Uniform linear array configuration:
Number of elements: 4
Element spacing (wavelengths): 0.5
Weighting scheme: cosine
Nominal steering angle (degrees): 30
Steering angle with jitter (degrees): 29.862
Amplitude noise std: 0.05
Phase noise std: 0.05

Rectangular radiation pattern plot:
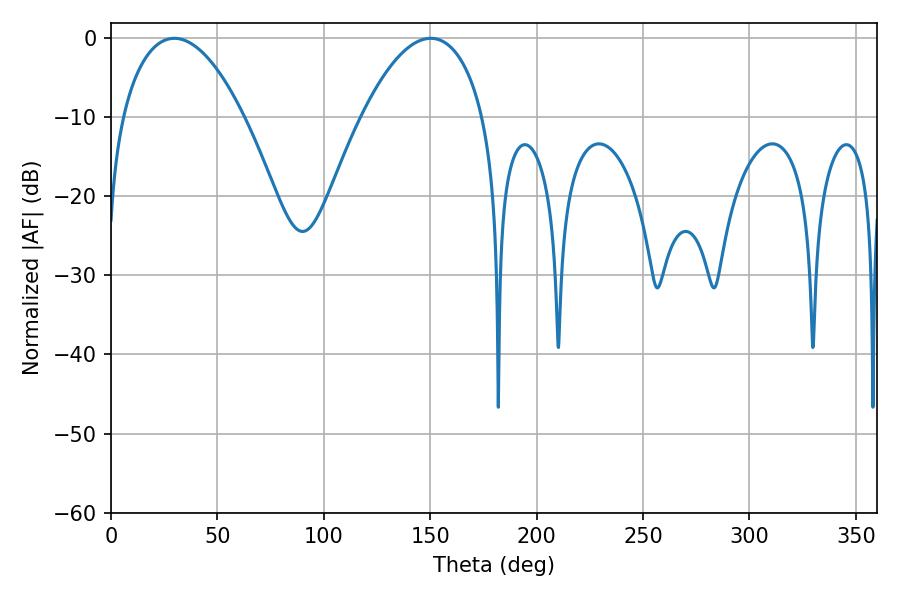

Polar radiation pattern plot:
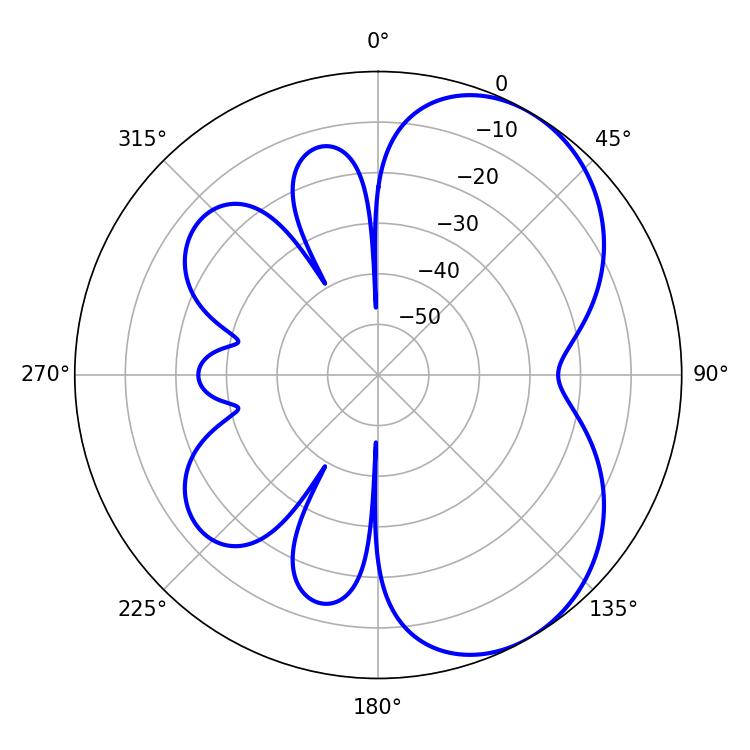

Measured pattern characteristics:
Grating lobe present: FALSE
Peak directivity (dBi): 5.342
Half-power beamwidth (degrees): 31.86
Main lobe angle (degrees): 29.7